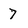
Character: 7